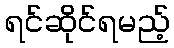
ရင်ဆိုင်ရမည့်